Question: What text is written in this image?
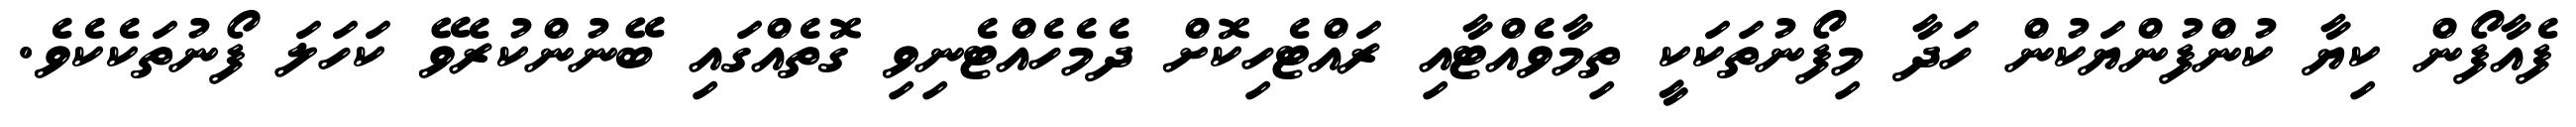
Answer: ފެއާފޯން ކިޔާ ކުންފުންޔަކުން ހަދާ މިފޯނުތަކަކީ ތިމާވެއްޓާއި ރައްޓެހިކޮށް ދެމެހެއްޓެނިވި ގޮތެއްގައި ބޭނުންކުރެވޭ ކަހަލަ ފޯނުތަކެކެވެ.